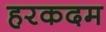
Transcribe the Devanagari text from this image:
हरकदम